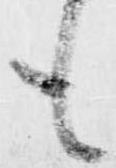
も